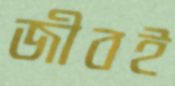
জীবই